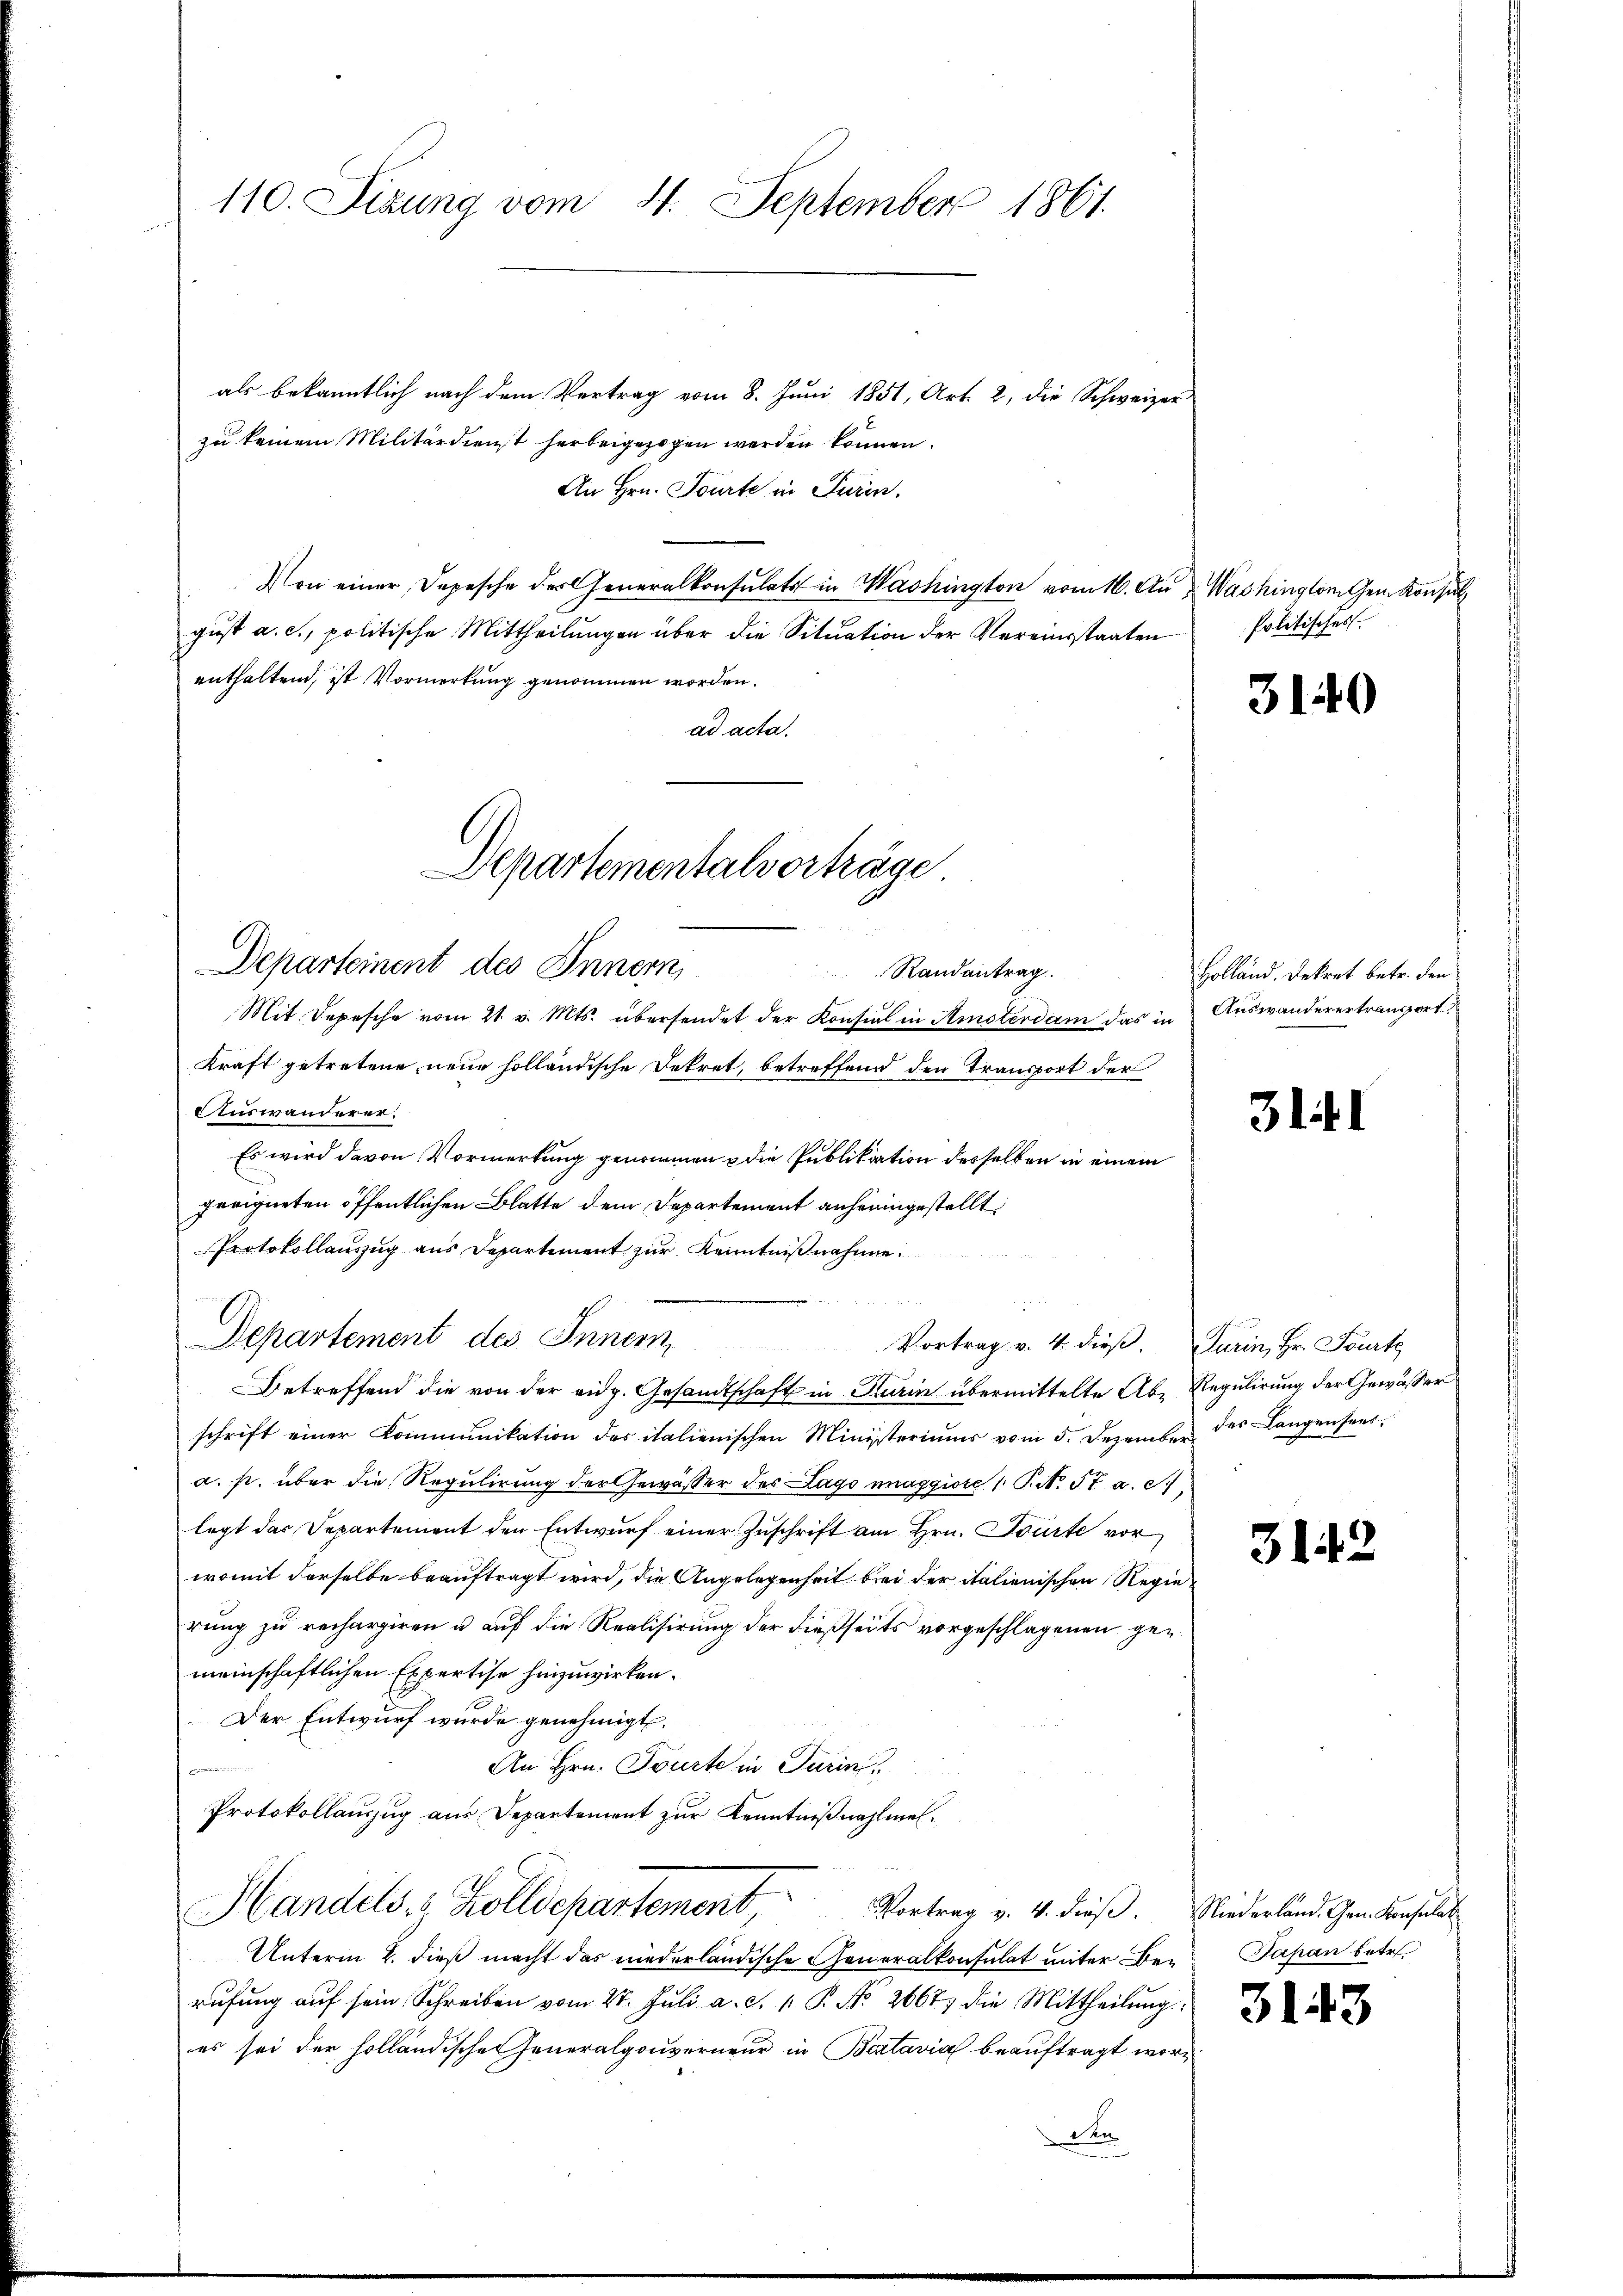
110. Sizung vom 4. September 1861.

als bekanntlich nach dem Vertrag vom 8. Juni 1851, Art. 2, die Schweizer
zu keinem Militärdienst herbeigezogen werden können.
An Hrn. Tourte in Turin.
Von einer Depesche der Generalkonsulats in Washington vom 16. Au & Washington Gem. Konsul
gust a. c., politische Mittheilungen über die Situation der Vereinsstaaten
enthaltend, ist Vormerkung genommen worden.
ad acta.

Departement des Innern Vortrag v. 4. dieβ. Turin, Hr. Fourte

Departementalverträge
Departement des Innern,
Randantrag.

Kraft getretene neue holländische Dekret, betreffend den Transport der
Auswanderer.
Es wird davon Vormerkung genommen die Publikation desselben in einem
n
geeigneten öffentlichen Blatte dem Departement anheimgestellt:
Protokollauszug aus Departement zur Kenntnißnahme.
 xx  x

Mit Depesche vom 21. v. Mts. übersendet der Konsul in Amsterdam das in Auswanderertransport

den

Betreffend die von der eidg. Gesandtschaft in Kurin übermittelte Ab- Regulirung der Gewässer
schrift einer Kommunikation des italienischen Ministeriums vom 5. Dezember des Langensees
a. p. über die Regulirung der Gewäßer des Lago maggiore / P. No 57 a. c.
legt das Departement den Entwurf einer Zuschrift am Hrn. Tourte vor
womit derselbe beauftragt wird, die Angelegenheit bei der italienischen Regierung zu rechargiren u auf die Realisirung der dießseits vorgeschlagenen gemeinschaftlichen Expertise hinzuwirken.
Der Entwurf wurde genehmigt.
An Hrn. Tourte in Turin
Protokollauszug aus Departement zur Kenntnißwahlmel¬
Handels- & Zolldepartement
Vortrag v. 4. dieß. Niederland. Gen. Konsula¬
Unterm 2. dieß macht das niederländische Generalkonsulat unter Be-Papan betr.
rufung auf sein Schreiben vom 21. Juli a. c. 1. P. No. 2667) die Mittheilung
es sei der holländische Generalgouverneur in Bertavial beauftragt wor¬

Politisches.

3140

Holländ. Dekret betr. den

311

3143

3143